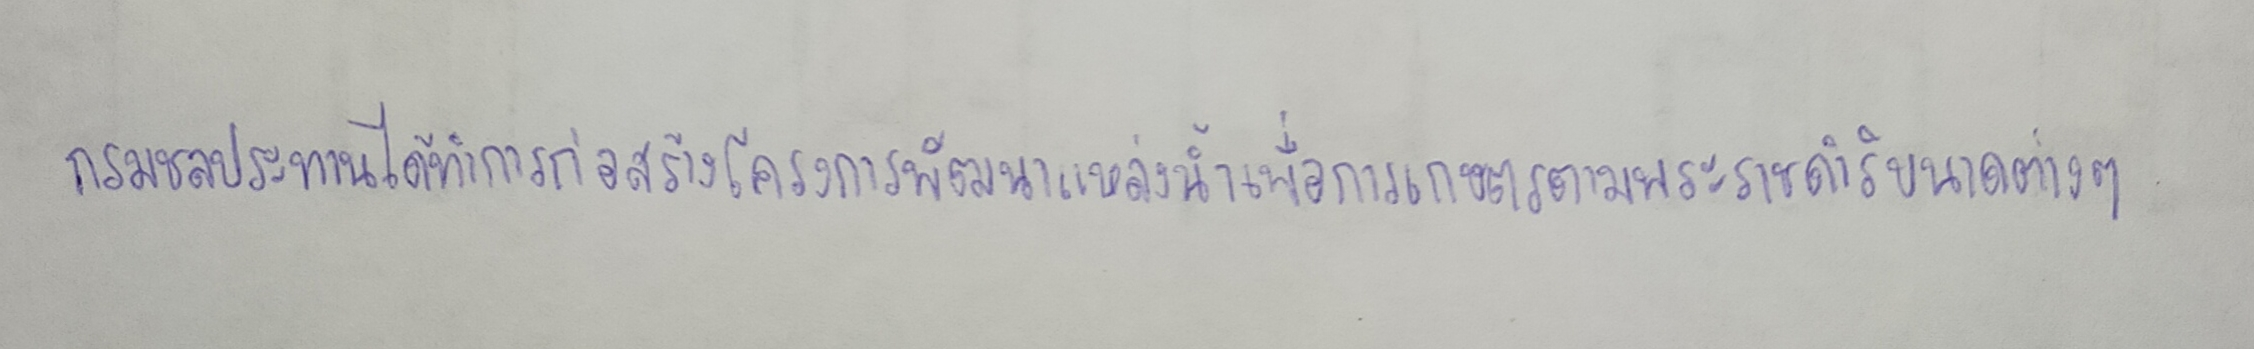
กรมชลประทานได้ทำการก่อสร้างโครงการพัฒนาแหล่งน้ำเพื่อการเกษตรตามพระราชดำริขนาดต่างๆ